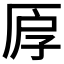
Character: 𠩞